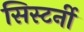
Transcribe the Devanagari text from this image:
सिस्टर्नी